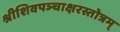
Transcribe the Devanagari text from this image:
श्रीशिवपञ्चाक्षरस्तोत्रम्